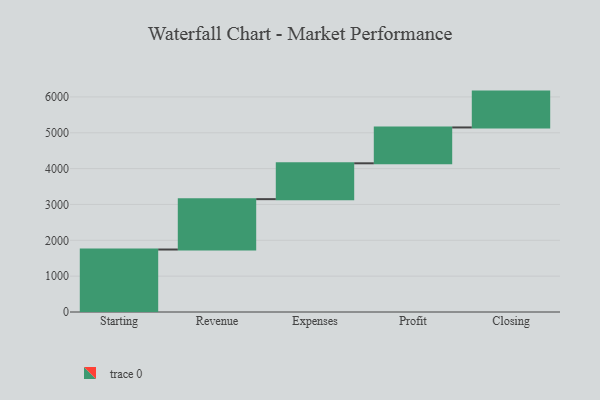
{"axis": {"x": "Step", "y": "Value"}, "legend": [""], "data": [{"x": "Starting", "y": 1743.0, "type": ""}, {"x": "Revenue", "y": 1405.0, "type": ""}, {"x": "Expenses", "y": 1000, "type": ""}, {"x": "Profit", "y": 1000, "type": ""}, {"x": "Closing", "y": 1000, "type": ""}]}